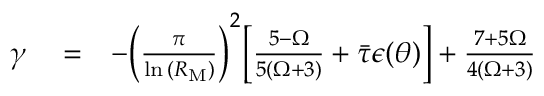
\begin{array} { r l r } { \gamma } & { { } = } & { - \bigg ( \frac { \pi } { \ln { ( R _ { \mathrm { M } } ) } } \bigg ) ^ { 2 } \bigg [ \frac { 5 - \Omega } { 5 ( \Omega + 3 ) } + \Bar { \tau } \epsilon ( \theta ) \bigg ] + \frac { 7 + 5 \Omega } { 4 ( \Omega + 3 ) } } \end{array}